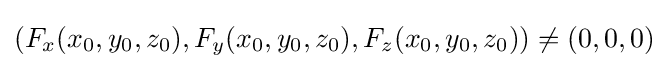
(F_{x}(x_{0},y_{0},z_{0}),F_{y}(x_{0},y_{0},z_{0}),F_{z}(x_{0},y_{0},z_{0}))\neq (0,0,0)